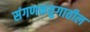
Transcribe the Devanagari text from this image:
संगणकयुगातील